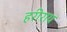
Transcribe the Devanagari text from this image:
हरीराय